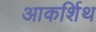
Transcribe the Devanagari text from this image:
आकर्शिथ